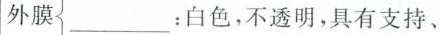
外膜：___白色，不透明，具有支持、